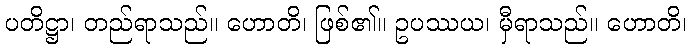
ပတိဋ္ဌာ၊ တည်ရာသည်။ ဟောတိ၊ ဖြစ်၏။ ဥပဿယ၊ မှီရာသည်။ ဟောတိ၊